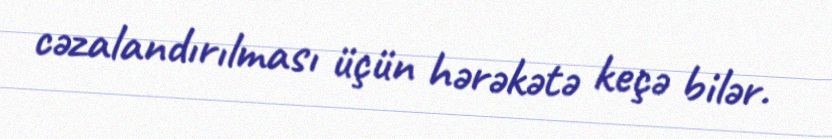
cəzalandırılması üçün hərəkətə keçə bilər.